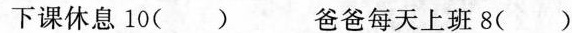
下课休息 I0 () 爸爸每天上班8()